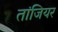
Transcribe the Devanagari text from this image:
तांजियर